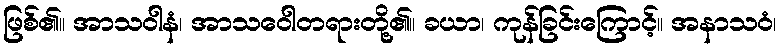
ဖြစ်၏။ အာသဝါနံ၊ အာသဝေါတရားတို့၏။ ခယာ၊ ကုန်ခြင်းကြောင့်။ အနာသဝံ၊